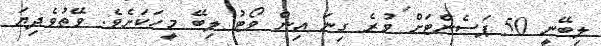
ލިބޭނީ 50 ޕަސެންޓަށް ވުރެ ގިނަ އިން ވޯޓު ލިބޭ މީހަކަށެވެ. ވޭތުވެދިޔަ